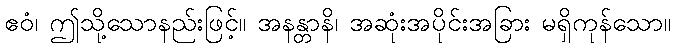
ဧဝံ၊ ဤသို့သောနည်းဖြင့်။ အနန္တာနိ၊ အဆုံးအပိုင်းအခြား မရှိကုန်သော။